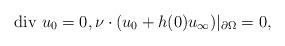
LaTeX: \begin{align*}\mbox{div $u_0$}=0, \nu\cdot(u_0+h(0)u_\infty)|_{\partial\Omega}=0,\end{align*}